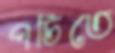
পচিতে